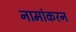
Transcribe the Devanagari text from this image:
नामांकरन